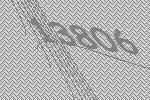
13806